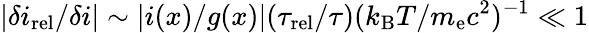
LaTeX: |\delta i_{\mathrm{rel}}/\delta i|\sim|i(x)/g(x)|(\tau_{\mathrm{rel}}/\tau)(k_{\mathrm{B}}T/m_{\mathrm{e}}c^{2})^{-1}\ll 1